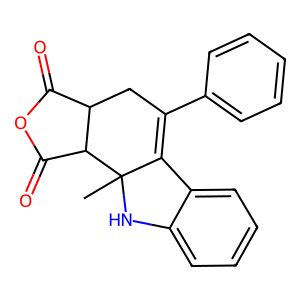
SMILES: CC12Nc3ccccc3C1=C(c1ccccc1)CC1C(=O)OC(=O)C12
Inhibits HIV replication: No